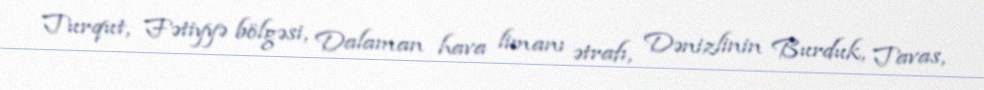
Turqut, Fətiyyə bölgəsi, Dalaman hava limanı ətrafı, Dənizlinin Burduk, Tavas,